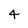
Character: 4